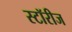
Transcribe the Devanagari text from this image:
स्टॉरीज